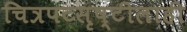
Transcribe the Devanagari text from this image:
चित्रपटसृष्टीलाही